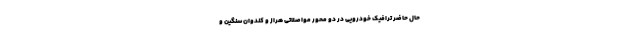
حال حاضر ترافیک خودرویی در دو محور مواصلاتی هراز و کندوان سنگین و